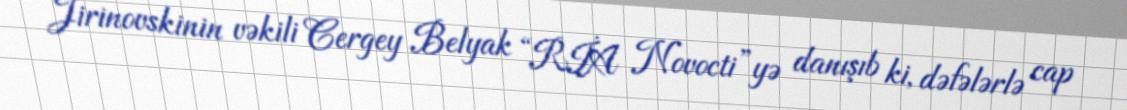
Jirinovskinin vəkili Cergey Belyak “RİA Novocti”yə danışıb ki, dəfələrlə cap